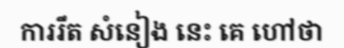
ការរឹត សំនៀង នេះ គេ ហៅថា